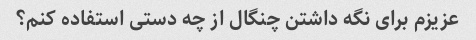
عزیزم برای نگه داشتن چنگال از چه دستی استفاده کنم؟